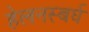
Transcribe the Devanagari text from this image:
हेलनस्बर्घ